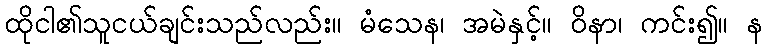
ထိုငါ၏သူငယ်ချင်းသည်လည်း။ မံသေန၊ အမဲနှင့်။ ဝိနာ၊ ကင်း၍။ န